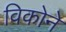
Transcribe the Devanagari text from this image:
विकोने